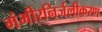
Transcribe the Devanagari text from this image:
गंभीरनिर्जलीकरण